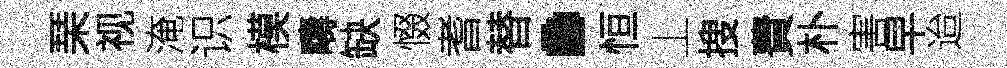
琹视淹识模疇缺惙耆替·恒丄搜費朴害早迨